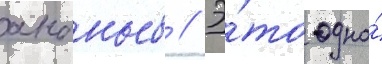
ананьев // Э́то одно́